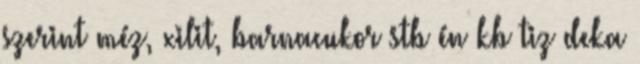
szerint méz, xilit, barnacukor stb én kb tiz deka